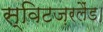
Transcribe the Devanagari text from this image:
स्विटज़रलैंड।